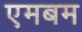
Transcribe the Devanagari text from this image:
एमबम